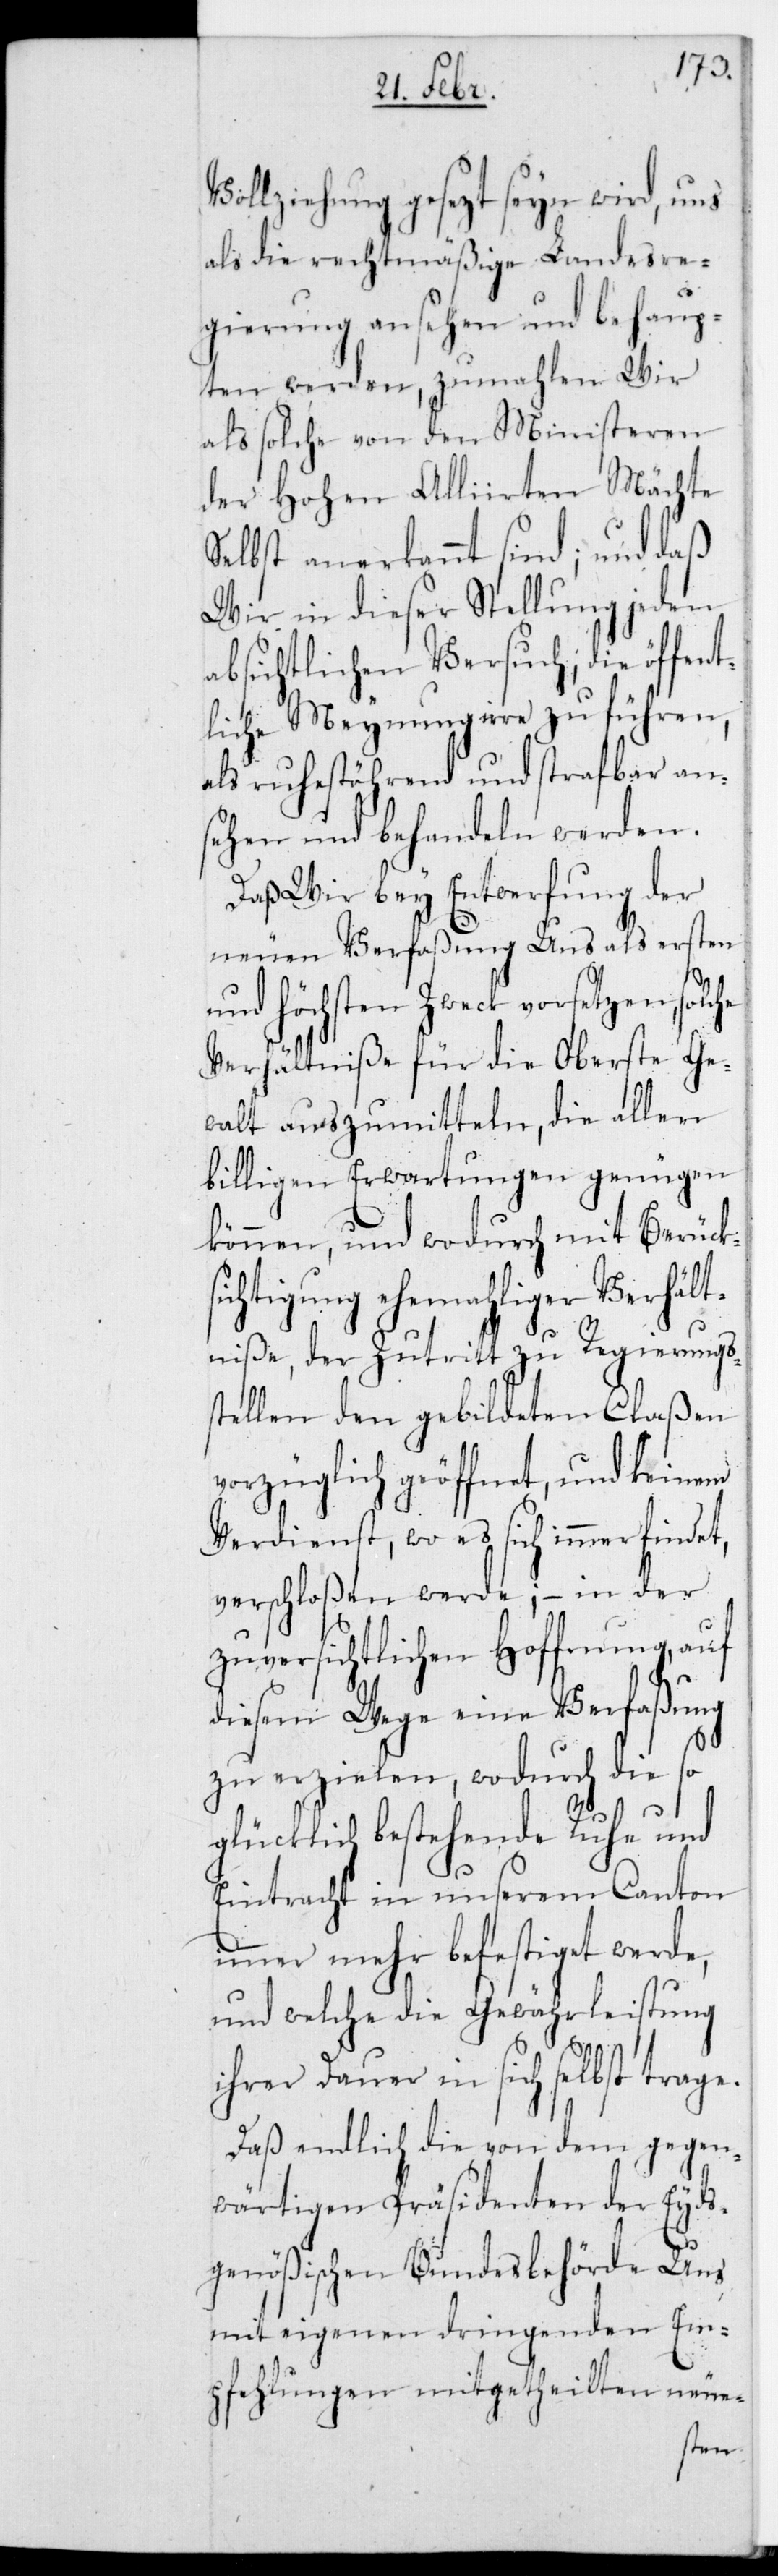
Vollziehung gesezt sein wird, und
als die rechtmäßige Landesre¬
gierung ansehen und behaup¬
ten werden, zumahlen Wir
als solche von den Ministeren
der Hohen Alliierten Mächte
Selbst anerkannt sind; und daß
Wir in dieser Stellung jeden
absichtlichen Versuch; die öffen¬
tliche Meynung irre zu führen,
als ruhestörend und strafbar an¬
sehen und behandeln werden.
Daß Wir bey Entwerfung der
neuen Verfaßung und als ersten
und höchsten Zweck vorsetzen,
Verhältniße für die Oberste Ge¬
walt auszumitteln, die allen
billigen Erwartungen genügen
können, und wodurch mit Berücks¬
ichtigung ehemaliger Verhält¬
niße, der Zutritt zu Regierungß¬
tellen den gebildeten Claßen
vorzüglich geöffnet, und keinem
Verdienst, wo es sich immer findet,
verschloßen werde; – in der
zuversichtlichen Hoffnung, auf
diesem Wege eine Verfaßung
zu erzielen, wodurch die so
glücklich bestehende Ruhe und
Eintracht in unserem Canton
immer mehr befestiget werde,
und welche die Gewährleistung
ihrer Dauer in sich selbst trage.
Daß endlich die von dem gegen¬
wärtigen Präsidenten der Eyds¬
genößischen Bundesbehörde uns
mit eigenen dringenden Em¬
pfehlungen mitgetheilten neue-